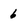
Character: 6